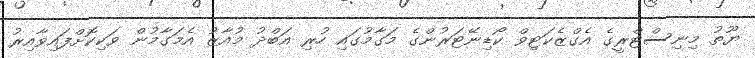
ޔޫތު މިނިސްޓްރީގެ އެގްޒެކަޓިވް ކޯޑިނޭޓަރުންގެ މަގާމުގައި ހުރި އަބްދު މުއާޒު އެމަގާމުން ވަކިކޮށްފައިވާއިރު